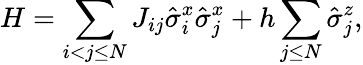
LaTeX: H=\sum_{i<j\leq N}J_{ij}\hat{\sigma}_{i}^{x}\hat{\sigma}_{j}^{x}+h\sum_{j\leq N}\hat{\sigma}_{j}^{z},